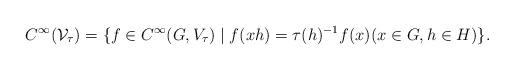
LaTeX: \begin{align*} C^\infty({\mathcal V}_\tau) = \{f\in C^\infty(G,V_\tau) \mid f(xh) = \tau(h)^{-1} f(x) (x\in G, h\in H)\}.\end{align*}